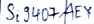
Text: Si9407AEY